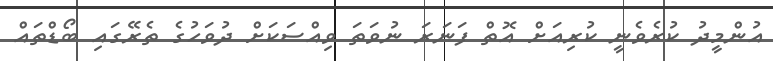
އުންމީދު ކުރެވެނީ ކުރިއަށް އޮތް ފަނަރަ ނުވަތަ ވިއްސަކަށް ދުވަހުގެ ތެރޭގައި ބޯޑްތައް